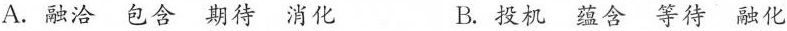
A.融洽包含期待消化 B.投机蕴含等待融化